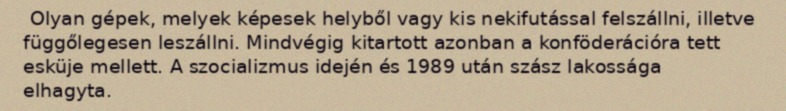
Olyan gépek, melyek képesek helyből vagy kis nekifutással felszállni, illetve függőlegesen leszállni. Mindvégig kitartott azonban a konföderációra tett esküje mellett. A szocializmus idején és 1989 után szász lakossága elhagyta.